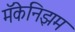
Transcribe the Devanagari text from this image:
मॅकेनिझम